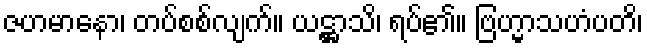
ဇဟမာနော၊ တပ်စစ်လျက်။ ယဋ္ဌာသိ၊ ရပ်၏။ ဗြဟ္မာသဟံပတိ၊